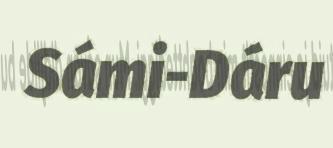
Sámi-Dáru